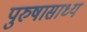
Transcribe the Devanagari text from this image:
पुरुषासाध्य